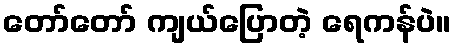
တော်တော် ကျယ်ပြောတဲ့ ရေကန်ပဲ။